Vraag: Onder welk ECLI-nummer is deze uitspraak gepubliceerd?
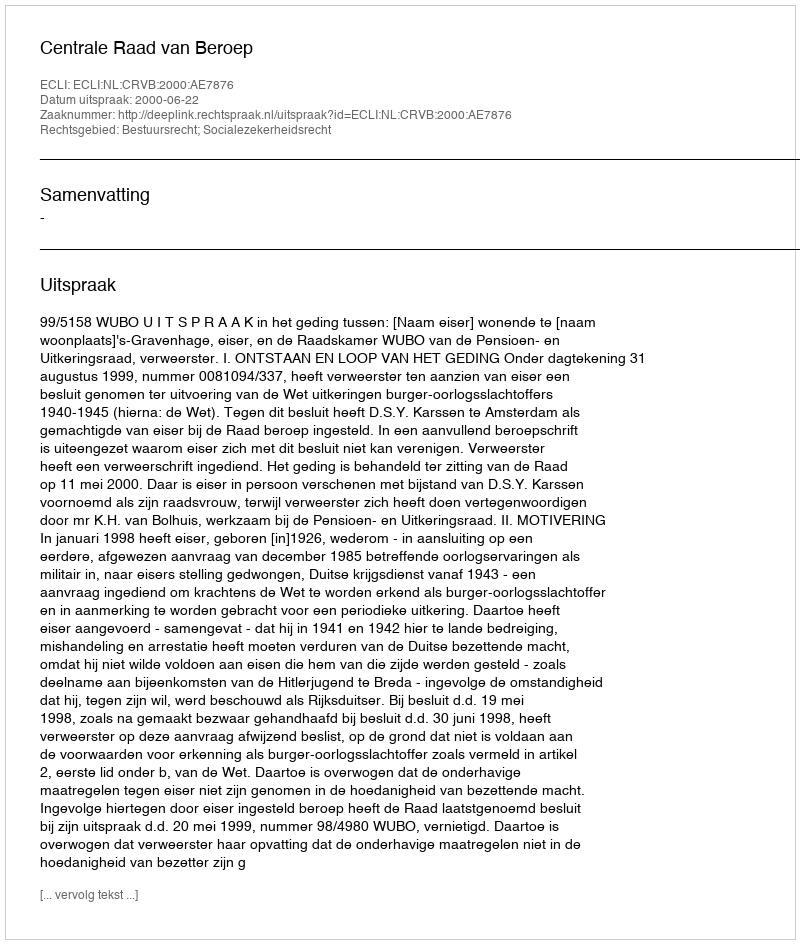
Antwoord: ECLI:NL:CRVB:2000:AE7876